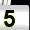
Digit: 5